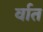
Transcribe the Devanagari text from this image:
र्वात